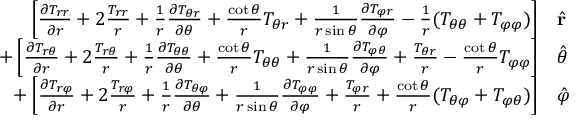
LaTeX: \begin{array} { r l } { \left[ { \frac { \partial T _ { r r } } { \partial r } } + 2 { \frac { T _ { r r } } { r } } + { \frac { 1 } { r } } { \frac { \partial T _ { \theta r } } { \partial \theta } } + { \frac { \cot \theta } { r } } T _ { \theta r } + { \frac { 1 } { r \sin \theta } } { \frac { \partial T _ { \varphi r } } { \partial \varphi } } - { \frac { 1 } { r } } ( T _ { \theta \theta } + T _ { \varphi \varphi } ) \right] } & { { } { \hat { \mathbf { r } } } } \\ { + \left[ { \frac { \partial T _ { r \theta } } { \partial r } } + 2 { \frac { T _ { r \theta } } { r } } + { \frac { 1 } { r } } { \frac { \partial T _ { \theta \theta } } { \partial \theta } } + { \frac { \cot \theta } { r } } T _ { \theta \theta } + { \frac { 1 } { r \sin \theta } } { \frac { \partial T _ { \varphi \theta } } { \partial \varphi } } + { \frac { T _ { \theta r } } { r } } - { \frac { \cot \theta } { r } } T _ { \varphi \varphi } \right] } & { { } { \hat { \boldsymbol { \theta } } } } \\ { + \left[ { \frac { \partial T _ { r \varphi } } { \partial r } } + 2 { \frac { T _ { r \varphi } } { r } } + { \frac { 1 } { r } } { \frac { \partial T _ { \theta \varphi } } { \partial \theta } } + { \frac { 1 } { r \sin \theta } } { \frac { \partial T _ { \varphi \varphi } } { \partial \varphi } } + { \frac { T _ { \varphi r } } { r } } + { \frac { \cot \theta } { r } } ( T _ { \theta \varphi } + T _ { \varphi \theta } ) \right] } & { { } { \hat { \boldsymbol { \varphi } } } } \end{array}